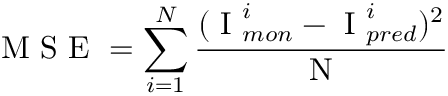
\mathrm { ~ M ~ S ~ E ~ } = \displaystyle \sum _ { i = 1 } ^ { N } \frac { ( \mathrm { ~ I ~ } _ { m o n } ^ { i } - \mathrm { ~ I ~ } _ { p r e d } ^ { i } ) ^ { 2 } } { \mathrm { ~ N ~ } }